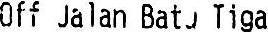
OFF JALAN BATU TIGA